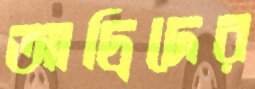
আদ্রিদের